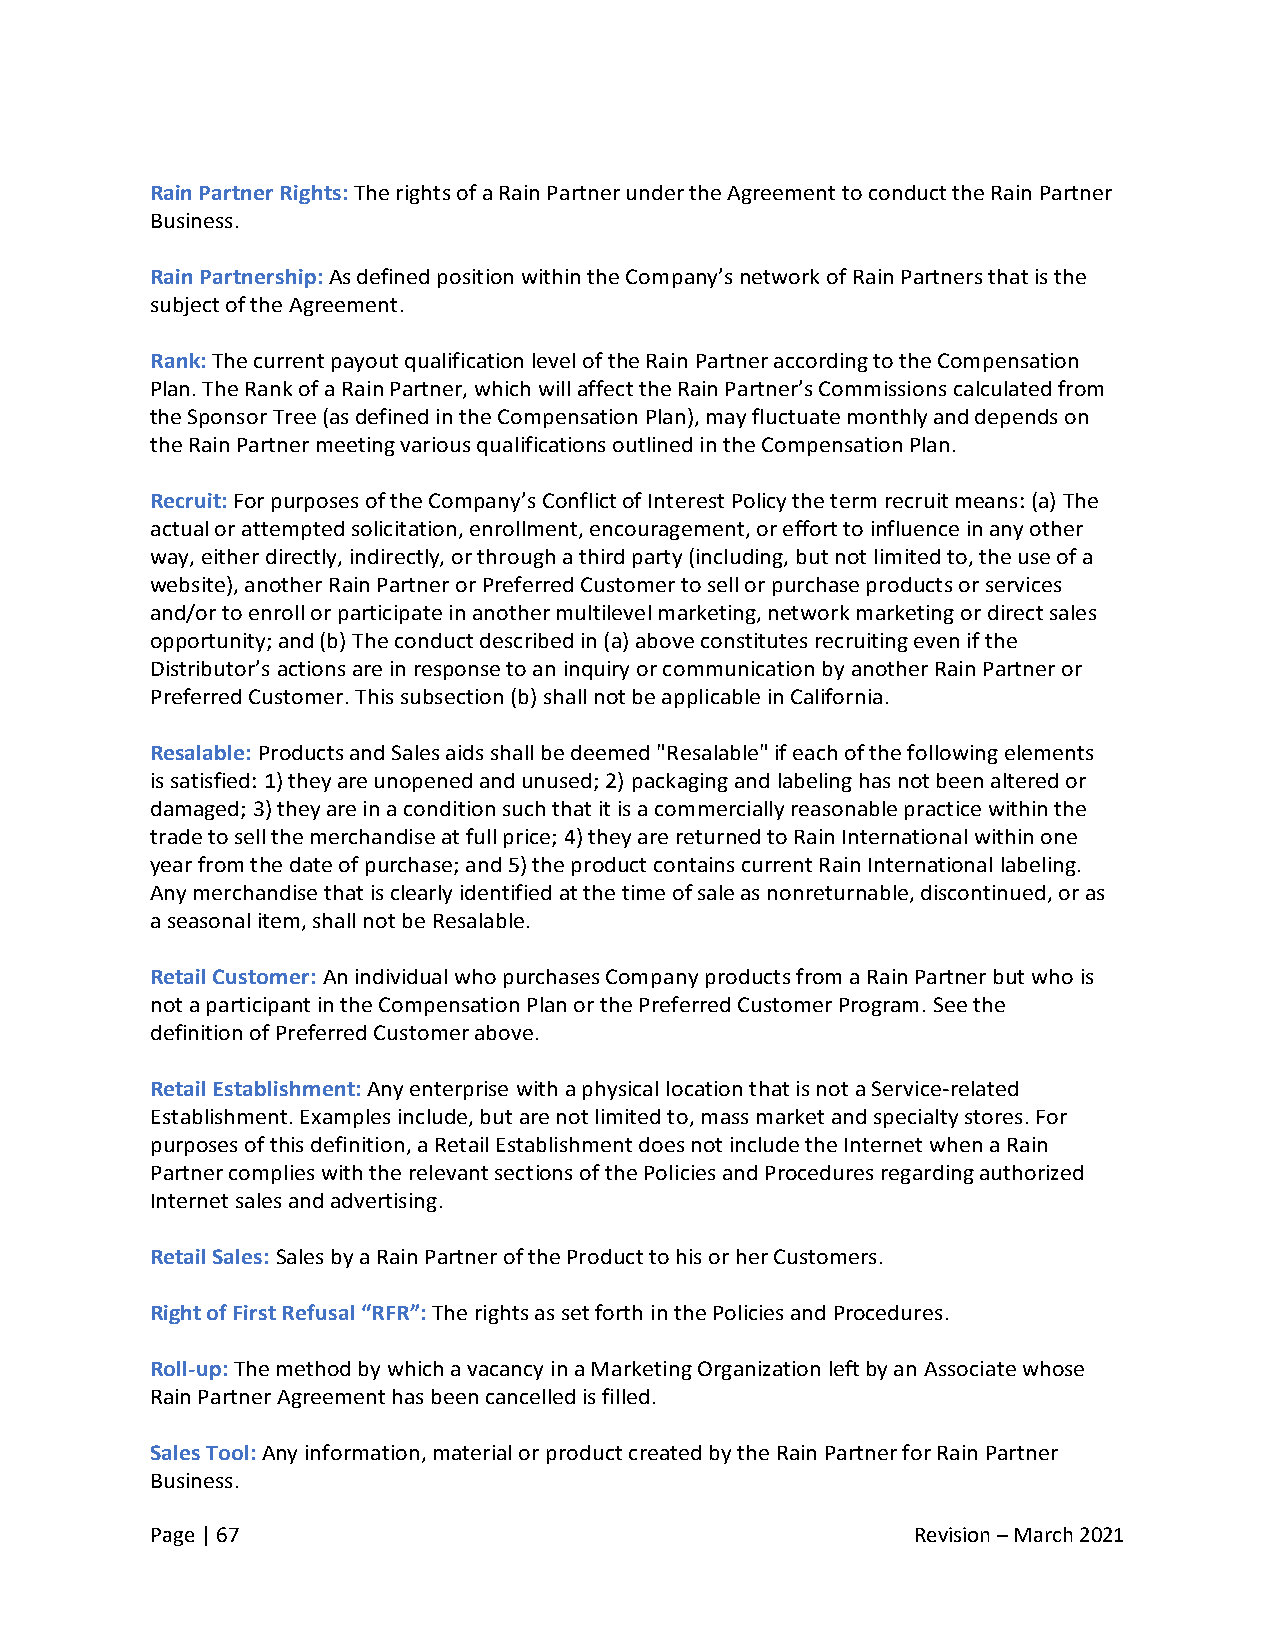
Rain Partner Rights: The rights of a Rain Partner under the Agreement to conduct the Rain Partner
 Business.
 Rain Partnership: As defined position within the Company’s network of Rain Partners that is the
 subject of the Agreement.
 Rank: The current payout qualification level of the Rain Partner according to the Compensation
 Plan. The Rank of a Rain Partner, which will affect the Rain Partner’s Commissions calculated from
 the Sponsor Tree (as defined in the Compensation Plan), may fluctuate monthly and depends on
 the Rain Partner meeting various qualifications outlined in the Compensation Plan.
 Recruit: For purposes of the Company’s Conflict of Interest Policy the term recruit means: (a) The
 actual or attempted solicitation, enrollment, encouragement, or effort to influence in any other
 way, either directly, indirectly, or through a third party (including, but not limited to, the use of a
 website), another Rain Partner or Preferred Customer to sell or purchase products or services
 and/or to enroll or participate in another multilevel marketing, network marketing or direct sales
 opportunity; and (b) The conduct described in (a) above constitutes recruiting even if the
 Distributor’s actions are in response to an inquiry or communication by another Rain Partner or
 Preferred Customer. This subsection (b) shall not be applicable in California.
 Resalable: Products and Sales aids shall be deemed "Resalable" if each of the following elements
 is satisfied: 1) they are unopened and unused; 2) packaging and labeling has not been altered or
 damaged; 3) they are in a condition such that it is a commercially reasonable practice within the
 trade to sell the merchandise at full price; 4) they are returned to Rain International within one
 year from the date of purchase; and 5) the product contains current Rain International labeling.
 Any merchandise that is clearly identified at the time of sale as nonreturnable, discontinued, or as
 a seasonal item, shall not be Resalable.
 Retail Customer: An individual who purchases Company products from a Rain Partner but who is
 not a participant in the Compensation Plan or the Preferred Customer Program. See the
 definition of Preferred Customer above.
 Retail Establishment: Any enterprise with a physical location that is not a Service-related
 Establishment. Examples include, but are not limited to, mass market and specialty stores. For
 purposes of this definition, a Retail Establishment does not include the Internet when a Rain
 Partner complies with the relevant sections of the Policies and Procedures regarding authorized
 Internet sales and advertising.
 Retail Sales: Sales by a Rain Partner of the Product to his or her Customers.
 Right of First Refusal “RFR”: The rights as set forth in the Policies and Procedures.
 Roll-up: The method by which a vacancy in a Marketing Organization left by an Associate whose
 Rain Partner Agreement has been cancelled is filled.
 Sales Tool: Any information, material or product created by the Rain Partner for Rain Partner
 Business.
 Page | 67                                          Revision – March 2021